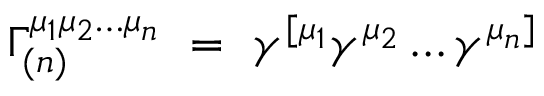
\Gamma _ { ( n ) } ^ { \mu _ { 1 } \mu _ { 2 } \ldots \mu _ { n } } ~ = ~ \gamma ^ { [ \mu _ { 1 } } \gamma ^ { \mu _ { 2 } } \ldots \gamma ^ { \mu _ { n } ] }